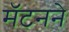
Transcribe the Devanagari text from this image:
मॅटनने